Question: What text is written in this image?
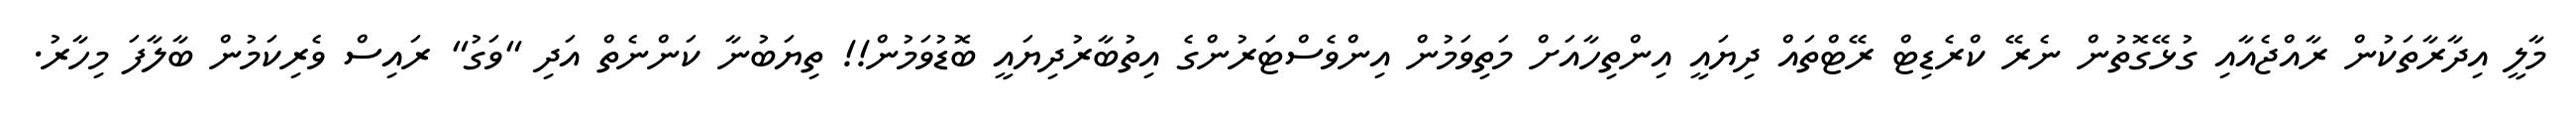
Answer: މާލީ އިދާރާތަކުން ރާއްޖެއާއި ގުޅޭގޮތުން ނެރޭ ކްރެޑިޓް ރޭޓްތައް ދިޔައީ އިންތިހާއަށް މަތިވަމުން އިންވެސްޓަރުންގެ އިތުބާރުދިޔައީ ބޮޑުވަމުން!! ތިޔަބުނާ ކަންނެތް އަދި "ވަގު" ރައިސް ވެރިކަމުން ބާލާފަ މިހާރު.